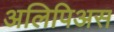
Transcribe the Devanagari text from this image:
अलिपिअस